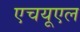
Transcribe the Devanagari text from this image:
एचयूएल